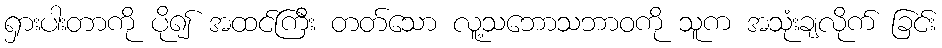
ရှားပါးတာကို ပို၍ အထင်ကြီး တတ်သော လူ့သဘောသဘာဝကို သူက အသုံးချလိုက် ခြင်း